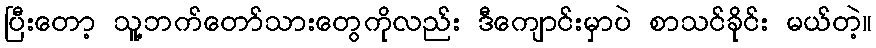
ပြီးတော့ သူ့ဘက်တော်သားတွေကိုလည်း ဒီကျောင်းမှာပဲ စာသင်ခိုင်း မယ်တဲ့။